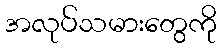
အလုပ်သမားတွေကို